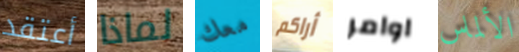
أعتقد لماذا معك أراكم اوامر الألماس